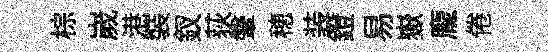
棕嵗港裝釵荻鞶穂装鐙易嶽龐倦